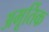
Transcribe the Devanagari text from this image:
अमूर्तिक